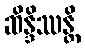
ဆိန္ဒိဿန္တိ